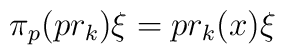
\pi_p(pr_k)\xi=pr_k(x)\xi